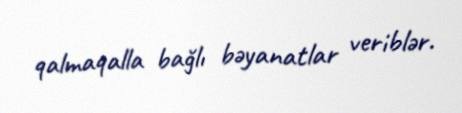
qalmaqalla bağlı bəyanatlar veriblər.